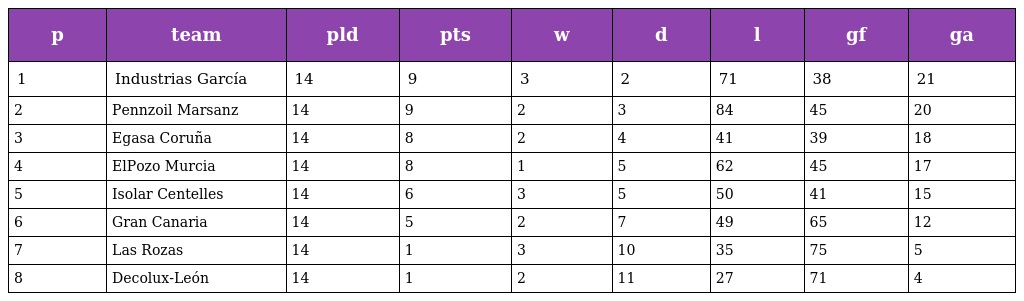
| p | team | pld | pts | w | d | l | gf | ga |
 | --- | --- | --- | --- | --- | --- | --- | --- | --- |
 | 1 | Industrias García | 14 | 9 | 3 | 2 | 71 | 38 | 21 |
 | 2 | Pennzoil Marsanz | 14 | 9 | 2 | 3 | 84 | 45 | 20 |
 | 3 | Egasa Coruña | 14 | 8 | 2 | 4 | 41 | 39 | 18 |
 | 4 | ElPozo Murcia | 14 | 8 | 1 | 5 | 62 | 45 | 17 |
 | 5 | Isolar Centelles | 14 | 6 | 3 | 5 | 50 | 41 | 15 |
 | 6 | Gran Canaria | 14 | 5 | 2 | 7 | 49 | 65 | 12 |
 | 7 | Las Rozas | 14 | 1 | 3 | 10 | 35 | 75 | 5 |
 | 8 | Decolux-León | 14 | 1 | 2 | 11 | 27 | 71 | 4 |